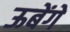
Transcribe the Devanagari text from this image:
ऊबेंगे